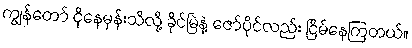
ကျွန်တော် ငိုနေမှန်းသိလို့ ခိုင်မြဲနဲ့ ဇော်ပိုင်လည်း ငြိမ်နေကြတယ်။